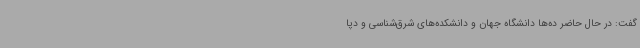
گفت: در حال حاضر ده‌ها دانشگاه جهان و دانشکده‌های شرق‌شناسی و دپا